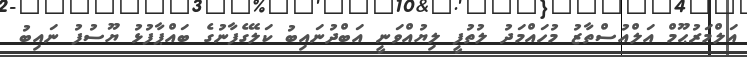
އަލްމަރުޙޫމް އަލްއުސްތާޒު މުހައްމަދު ލުތުފީ ލިޔުއްވަނީ އަބްދުނައިބު ކަލޭގެފާނުގެ ބައްޕާފުޅު ޔޫސުފު ނައިބު